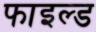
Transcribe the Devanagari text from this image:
फाइल्ड